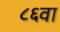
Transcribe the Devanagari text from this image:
८६वा